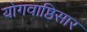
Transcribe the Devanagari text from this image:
योगवाष्ठिसार